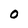
Character: O